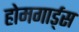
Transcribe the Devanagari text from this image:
होमगार्ड्‌स